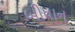
બીધાન